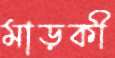
মাড়কী